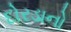
દોરડાનો